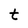
Character: t